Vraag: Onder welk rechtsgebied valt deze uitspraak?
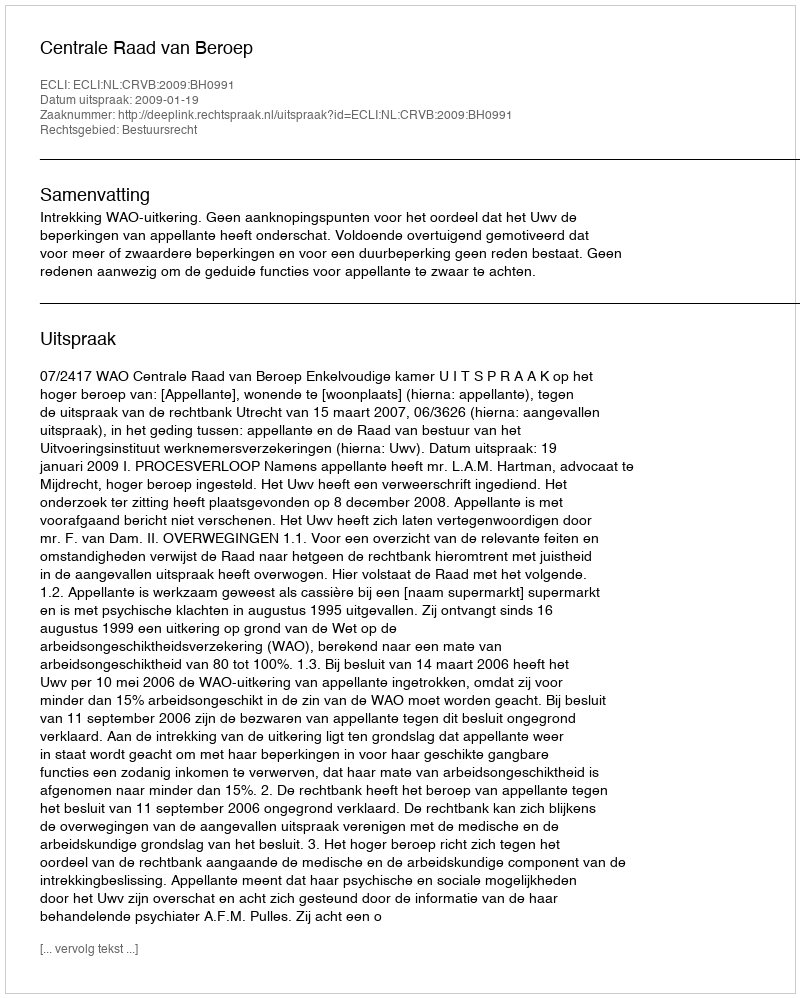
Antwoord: Bestuursrecht